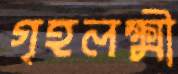
গৃহলক্ষ্মী